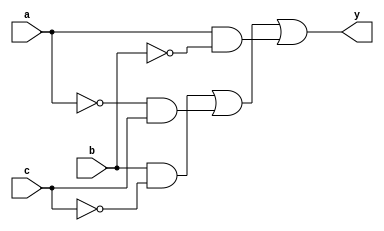
module combinational_logic (
    input wire a,      // Input A
    input wire b,      // Input B
    input wire c,      // Input C
    output wire y      // Output Y
);

// Define the output logic using a combination of specified outputs and don't care conditions
// Let's assume the following truth table:
// a | b | c | y
// 0 | 0 | 0 | 0
// 0 | 0 | 1 | 1
// 0 | 1 | 0 | 1
// 0 | 1 | 1 | X (don't care)
// 1 | 0 | 0 | 1
// 1 | 0 | 1 | X (don't care)
// 1 | 1 | 0 | 1
// 1 | 1 | 1 | 0

// The simplified expression considering don't care conditions can be derived as:
// y = (b & ~c) | (~a & c) | (a & ~b)

assign y = (b & ~c) | (~a & c) | (a & ~b);

endmodule